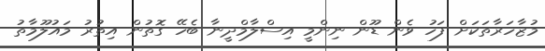
މުޒާހަރާތަކަށް ފަހު ވެން ޑޫން ނިންމީ އިސްލާމްދީނާ ބެހޭ ގޮތުން އިތުރު މައުލޫމާތު